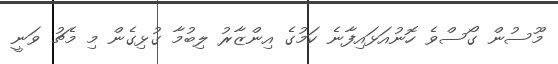
މޫސުން ގޯސްވެ ހޮނުއަޅައިފާނެ ކަމުގެ އިންޒާރު ލިބުމާ ގުޅިގެން މި މެޗު ވަނީ